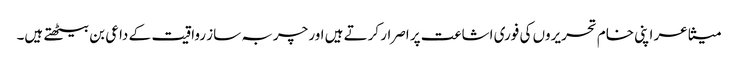
متشاعر اپنی خام تحریروں کی فوری اشاعت پر اصرار کرتے ہیں اور چربہ ساز رواقیت کے داعی بن بیٹھتے ہیں۔